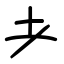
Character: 耂